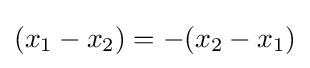
(x_{1}-x_{2})=-(x_{2}-x_{1})